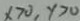
x > 0 , y > 0